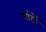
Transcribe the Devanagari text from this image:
मांटों